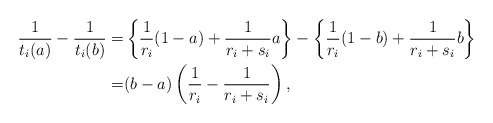
\begin{align*}\frac{1}{t_i(a)} - \frac{1}{t_i(b)}=& \left\{\frac{1}{r_i}(1-a) + \frac{1}{r_i+s_i}a \right\}- \left\{\frac{1}{r_i}(1-b) + \frac{1}{r_i+s_i}b \right\} \\=& (b - a) \left( \frac{1}{r_i} - \frac{1}{r_i+s_i} \right),\end{align*}